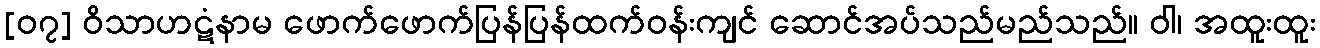
[၀၇] ဝိသာဟဋံနာမ ဖောက်ဖောက်ပြန်ပြန်ထက်ဝန်းကျင် ဆောင်အပ်သည်မည်သည်။ ဝါ၊ အထူးထူး